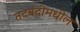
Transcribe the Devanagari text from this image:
तटबंदीमधील